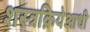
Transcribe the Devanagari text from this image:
शस्त्रक्रियेआधी